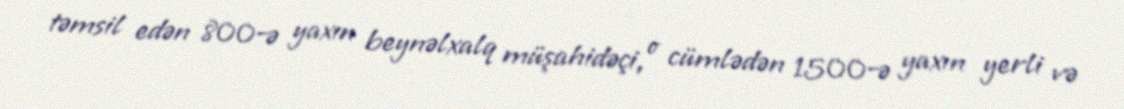
təmsil edən 800-ə yaxın beynəlxalq müşahidəçi, o cümlədən 1500-ə yaxın yerli və